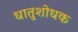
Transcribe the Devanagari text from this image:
धातुशोधक